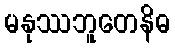
မနုဿဘူတေနိဓ